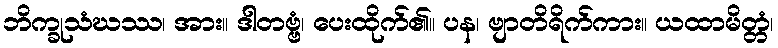
ဘိက္ခုသံဃဿ၊ အား။ ဒါတဗ္ဗံ၊ ပေးထိုက်၏။ ပန၊ ဗျာတိရိက်ကား။ ယထာမိတ္တံ၊